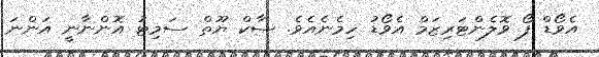
އެވޯޑް ފޯ ވޮލެންޓަރިޒަމް އެވޯޑު ހިމެނެއެވެ. ސާކް ޔޫތް ސަމިޓު އޮންނާނީ އަންނަ